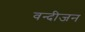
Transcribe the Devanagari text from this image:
वन्दीजन